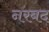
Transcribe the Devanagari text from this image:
नरबद